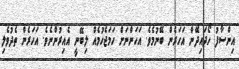
އިންސާފު ހޯދައިދޭން އަހަރެން ބޭނުމެވެ. އަހަންނަށް ހަމަޖެހުމެއް ލިބޭނީ އެއިރުންނެވެ. އަހަރެން ތެދުވެލި